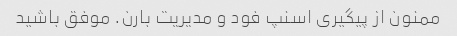
ممنون از پیگیری اسنپ فود و مدیریت بارن. موفق باشید